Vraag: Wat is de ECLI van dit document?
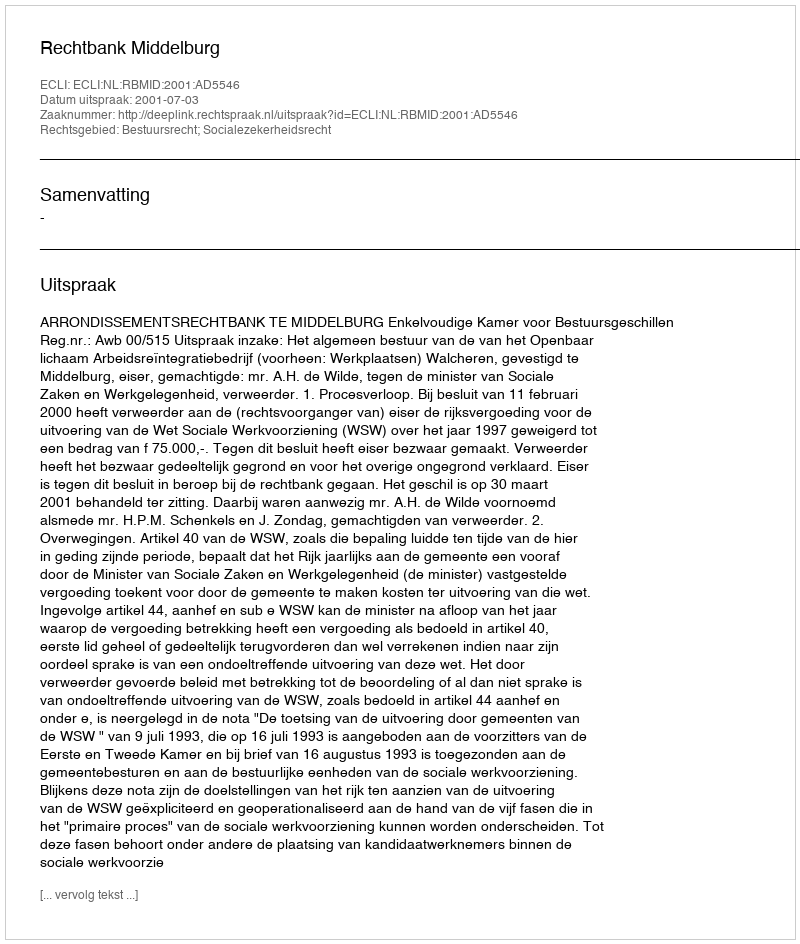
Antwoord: ECLI:NL:RBMID:2001:AD5546